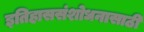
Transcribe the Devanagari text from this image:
इतिहाससंशोधनासाठी